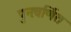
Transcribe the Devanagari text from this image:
पुनःवर्णित